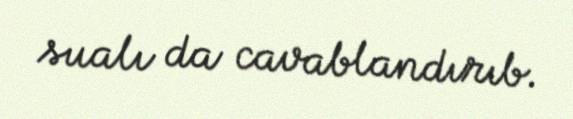
sualı da cavablandırıb.